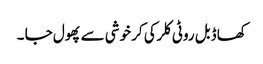
کھا ڈبل روٹی کلرکی کر خوشی سے پھول جا ۔